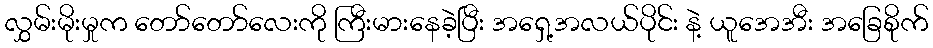
လွှမ်းမိုးမှုက တော်တော်လေးကို ကြီးမားနေခဲ့ပြီး အရှေ့အလယ်ပိုင်း နဲ့ ယူအေအီး အခြေစိုက်